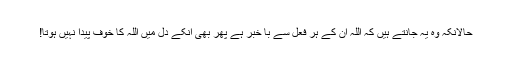
حالانکہ وہ یہ جانتے ہیں کہ اللہ ان کے ہر فعل سے با خبر ہے پھر بھی انکے دل میں اللہ کا خوف پیدا نہیں ہوتا!